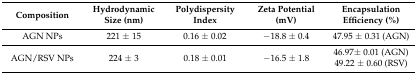
<table><thead><tr><td><b>Composition</b></td><td><b>Hydrodynamic Size (nm)</b></td><td><b>Polydispersity Index</b></td><td><b>Zeta Potential (mV)</b></td><td><b>Encapsulation Efficiency (%)</b></td></tr></thead><tbody><tr><td>AGN NPs</td><td>221 ± 15</td><td>0.16 ± 0.02</td><td>−18.8 ± 0.4</td><td>47.95 ± 0.31 (AGN)</td></tr><tr><td rowspan="2">AGN/RSV NPs</td><td rowspan="2">224 ± 3</td><td rowspan="2">0.18 ± 0.01</td><td rowspan="2">−16.5 ± 1.8</td><td>46.97± 0.01 (AGN)</td></tr><tr><td>49.22 ± 0.60 (RSV)</td></tr></tbody></table>